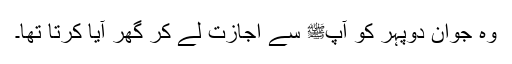
وہ جوان دوپہر کو آپﷺ سے اجازت لے کر گھر آیا کرتا تھا۔